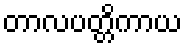
တာလပတ္တိကာယ